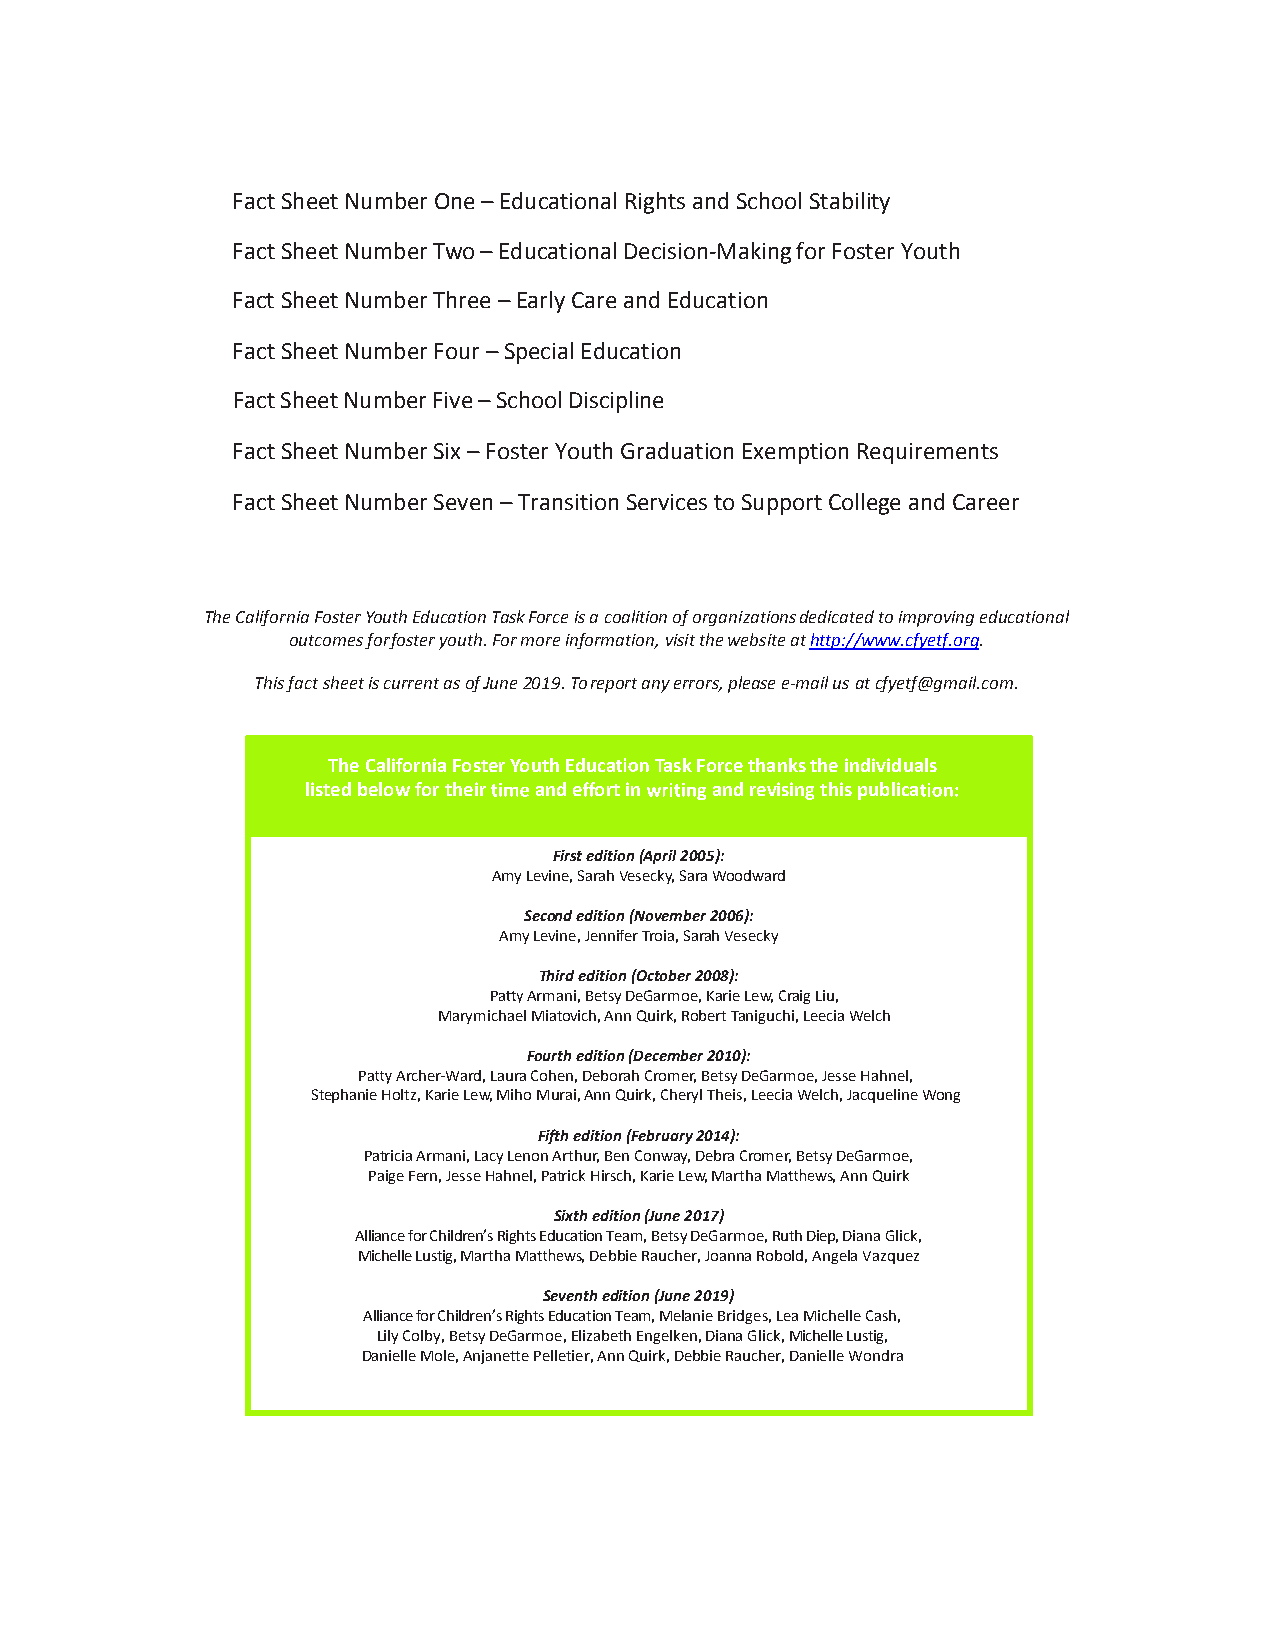
Fact Sheet Number One – Educational Rights and School Stability
 Fact Sheet Number Two – Educational Decision-Making for Foster Youth
 Fact Sheet Number Three – Early Care and Education
 Fact Sheet Number Four – Special Education
 Fact Sheet Number Five – School Discipline
 Fact Sheet Number Six – Foster Youth Graduation Exemption Requirements
 Fact Sheet Number Seven – Transition Services to Support College and Career
 The California Foster Youth Education Task Force is a coalition of organizations dedicated to improving educational
 outcomes for foster youth. For more information, visit the website at http://www.cfyetf.org.
 This fact sheet is current as of June 2019. To report any errors, please e-mail us at cfyetf@gmail.com.
 The California Foster Youth Educa Task Force thanks the individuals
 listed below for their and e ort in and revising this publica
 First edition (April 2005):
 Amy Levine, Sarah Vesecky, Sara Woodward
 Second edition (November 2006):
 Amy Levine, Jennifer Troia, Sarah Vesecky
 Third edition (October 2008):
 Pa Armani, Betsy DeGarmoe, Karie Lew, Craig Liu,
 Marymichael Miatovich, Ann Quirk, Robert Taniguchi, Leecia Welch
 Fourth edition (December 2010):
 Pa Archer-Ward, Laura Cohen, Deborah Cromer, Betsy DeGarmoe, Jesse Hahnel,
 Stephanie Holtz, Karie Lew, Miho Murai, Ann Quirk, Cheryl Theis, Leecia Welch, Jacqueline Wong
 Fifth edition (February 2014):
 Patricia Armani, Lacy Lenon Arthur, Ben Conway, Debra Cromer, Betsy DeGarmoe,
 Paige Fern, Jesse Hahnel, Patrick Hirsch, Karie Lew, Martha Ma ws, Ann Quirk
 Sixth edition (June 2017)
 Alliance for Children’s Rights Education Team, Betsy DeGarmoe, Ruth Diep, Diana Glick,
 Michelle Lustig, Martha Ma ws, Debbie Raucher, Joanna Robold, Angela Vazquez
 Seventh edition (June 2019)
 Alliance for Children’s Rights Education Team, Melanie Bridges, Lea Michelle Cash,
 Lily Colby, Betsy DeGarmoe, Elizabeth Engelken, Diana Glick, Michelle Lustig,
 Danielle Mole, Anjanette Pelletier, Ann Quirk, Debbie Raucher, Danielle Wondra